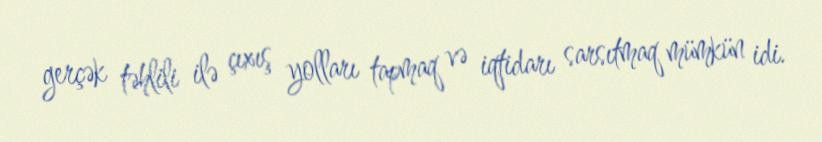
gerçək təhlili ilə çıxış yolları tapmaq və iqtidarı sarsıtmaq mümkün idi.